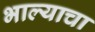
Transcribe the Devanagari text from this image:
भाल्याचा